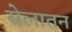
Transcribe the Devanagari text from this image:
सेलातन